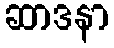
ဆာဒနာ